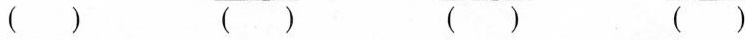
( ) ( ) ( ) ( )